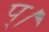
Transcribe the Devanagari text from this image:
प्।